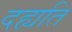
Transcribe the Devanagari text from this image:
दह्यति